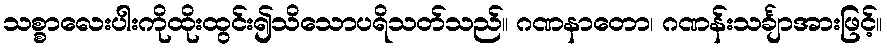
သစ္စာလေးပါးကိုထိုးထွင်း၍သိသောပရိသတ်သည်။ ဂဏနာတော၊ ဂဏန်းသင်္ချာအားဖြင့်။